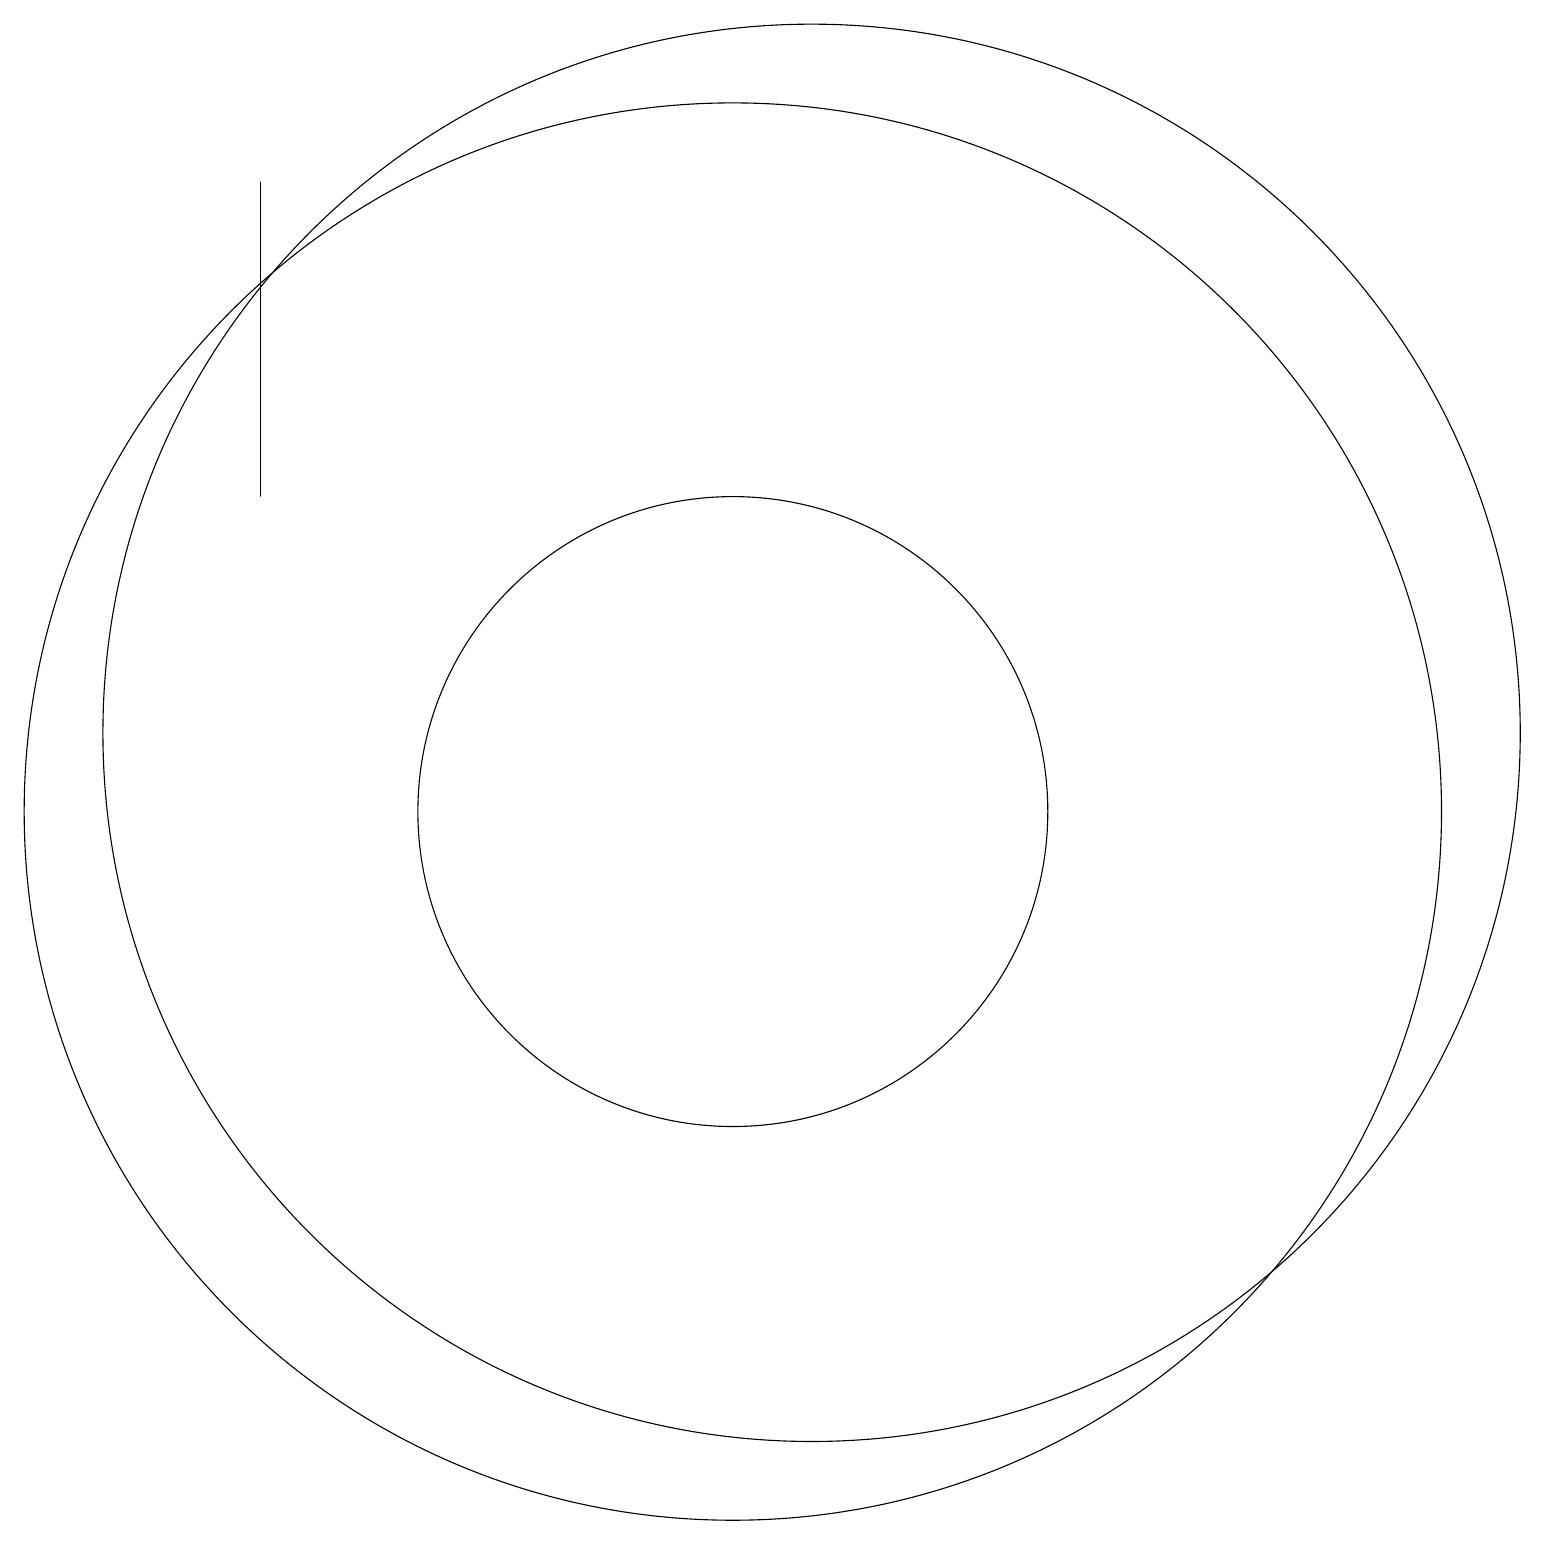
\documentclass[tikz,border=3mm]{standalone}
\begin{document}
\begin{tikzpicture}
\draw (11,11) circle (9);
\draw (4,18) rectangle (4,14);
\draw (10,10) circle (4);
\draw (10,10) circle (9);
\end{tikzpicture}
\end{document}